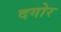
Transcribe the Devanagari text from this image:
दगोर